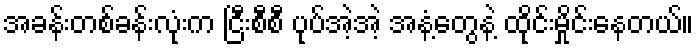
အခန်းတစ်ခန်းလုံးက ငြီးစီစီ ပုပ်အဲ့အဲ့ အနံ့တွေနဲ့ ထိုင်းမှိုင်းနေတယ်။